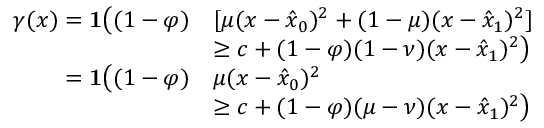
\begin{array} { r l } { \gamma ( x ) = \mathbf { 1 } \big ( ( 1 - \varphi ) } & { [ \mu ( x - \hat { x } _ { 0 } ) ^ { 2 } + ( 1 - \mu ) ( x - \hat { x } _ { 1 } ) ^ { 2 } ] } \\ & { \ge c + ( 1 - \varphi ) ( 1 - \nu ) ( x - \hat { x } _ { 1 } ) ^ { 2 } \big ) } \\ { = \mathbf { 1 } \big ( ( 1 - \varphi ) } & { \mu ( x - \hat { x } _ { 0 } ) ^ { 2 } } \\ & { \ge c + ( 1 - \varphi ) ( \mu - \nu ) ( x - \hat { x } _ { 1 } ) ^ { 2 } \big ) } \end{array}